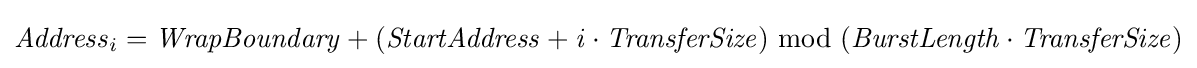
{\mathit {Address}}_{i}={\mathit {WrapBoundary}}+({\mathit {StartAddress}}+{\mathit {i}}\cdot {\mathit {TransferSize}})\ \mathrm {mod} \ ({\mathit {BurstLength}}\cdot {\mathit {TransferSize}})